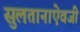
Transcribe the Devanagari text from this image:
सुलतानाऐवजी